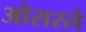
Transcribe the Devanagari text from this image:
ओसरले